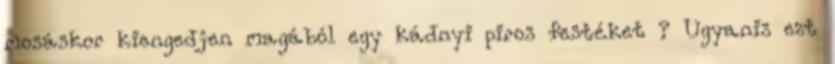
mosáskor kiengedjen magából egy kádnyi piros festéket ? Ugyanis ezt